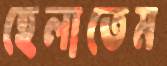
হেলাতেম